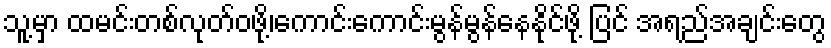
သူ့မှာ ထမင်းတစ်လုတ်ဝဖို့၊ကောင်းကောင်းမွန်မွန်နေနိုင်ဖို့ ပြင် အရည်အချင်းတွေ